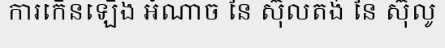
ការកើនឡើង អំណាច នៃ ស៊ុលតង់ នៃ ស៊ុលូ